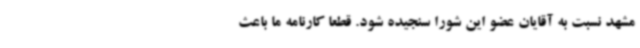
مشهد نسبت به آقایان عضو این شورا سنجیده شود. قطعا کارنامه ما باعث